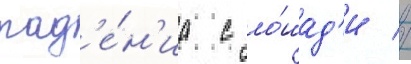
пад'е́н'иа с ло́шад'и //